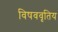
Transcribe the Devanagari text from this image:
विषववृतिय